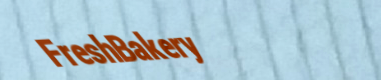
FreshBakery